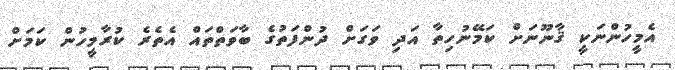
އެމީހުންނަކީ ޤާނޫނަށް ކަމޭނުހިތާ އަދި ވަގަށް ދުންފަތުގެ ބާވަތްތައް އެތެރެ ކުރާމީހުން ކަމަށް